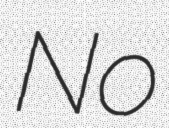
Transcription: No